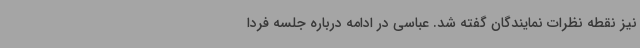
نیز نقطه نظرات نمایندگان گفته شد. عباسی در ادامه درباره جلسه فردا